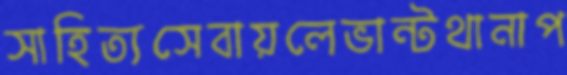
সাহিত্যসেবায়লেভান্টথানাপ